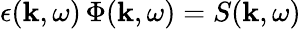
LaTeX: \epsilon(\mathbf{k},\omega)\, \Phi(\mathbf{k},\omega)=S(\mathbf{k},\omega)